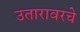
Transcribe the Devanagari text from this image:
उतारावरचे